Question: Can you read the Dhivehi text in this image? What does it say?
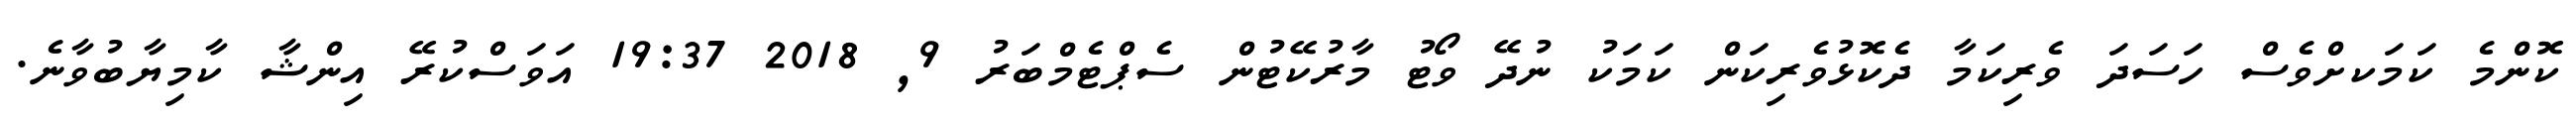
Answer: ކޮންމެ ކަމަކށްވެސް ހަސަދަ ވެރިކަމާ ދެކޮޅުވެރިކަން ކަމަކު ނުދޭ ވޯޓު މާރުކޭޓުން ސެޕްޓެމްބަރު 9, 2018 19:37 އަވަސްކުރޭ އިންޝާ ކާމިޔާބުވާނެ.